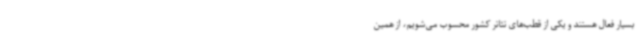
بسیار فعال هستند و یکی از قطب‌های تئاتر کشور محسوب می‌شویم، از همین